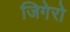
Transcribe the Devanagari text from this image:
जिगेरो